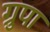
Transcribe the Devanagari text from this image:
ग्रुपा